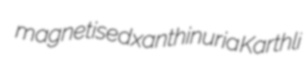
magnetised xanthinuria Karthli